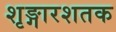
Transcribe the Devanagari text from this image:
शृङ्गारशतक